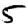
Digit: 5